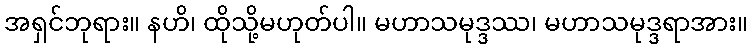
အရှင်ဘုရား။ နဟိ၊ ထိုသို့မဟုတ်ပါ။ မဟာသမုဒ္ဒဿ၊ မဟာသမုဒ္ဒရာအား။